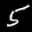
Label: 5